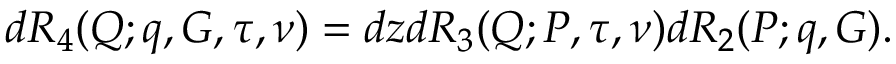
d { \cal R } _ { 4 } ( Q ; q , G , \tau , \nu ) = d z d { \cal R } _ { 3 } ( Q ; P , \tau , \nu ) d { \cal R } _ { 2 } ( P ; q , G ) .